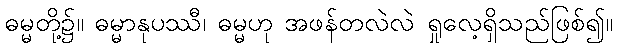
ဓမ္မတို့၌။ ဓမ္မာနုပဿီ၊ ဓမ္မဟု အဖန်တလဲလဲ ရှုလေ့ရှိသည်ဖြစ်၍။